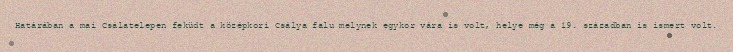
Határában a mai Csálatelepen feküdt a középkori Csálya falu melynek egykor vára is volt, helye még a 19. században is ismert volt.